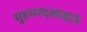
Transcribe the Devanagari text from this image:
मुहम्मदशाहाने